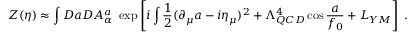
Z ( \eta ) \approx \int { \cal D } a { \cal D } A _ { \alpha } ^ { a } \ \exp \left[ i \int { \frac { 1 } { 2 } } ( \partial _ { \mu } a - i \eta _ { \mu } ) ^ { 2 } + \Lambda _ { Q C D } ^ { 4 } \cos { \frac { a } { f _ { 0 } } } + { \cal L } _ { Y M } \right] \ .